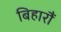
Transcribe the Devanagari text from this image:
बिहारौं